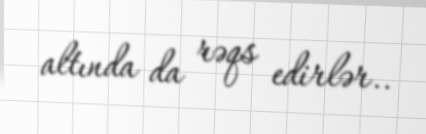
altında da rəqs edirlər..